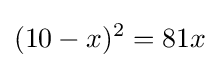
(10-x)^{2}=81x